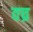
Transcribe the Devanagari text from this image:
वच्र